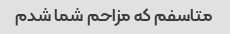
متاسفم که مزاحم شما شدم